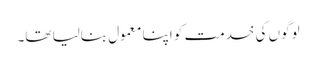
لوگوں کی خدمت کو اپنا معمول بنالیا تھا۔